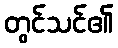
တွင်သင်၏